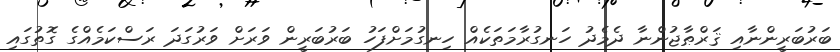
ބަރުބަރީންނާއި ޤަރްޠާޖުންނާ ދެމެދު ހަނގުރާމަތަކެއް ހިނގުމަށްފަހު ބަރުބަރީން ވަރަށް ވަރުގަދަ ރަސްކަމެއްގެ ގޮތުގައި